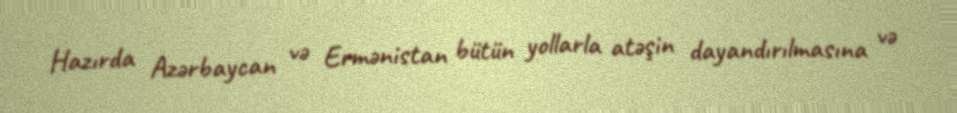
Hazırda Azərbaycan və Ermənistan bütün yollarla atəşin dayandırılmasına və